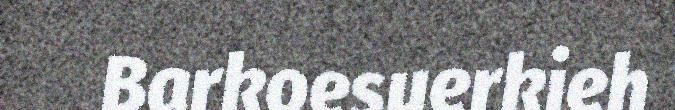
Barkoesuerkieh